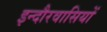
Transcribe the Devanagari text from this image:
इन्दौरवासियों